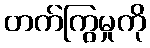
တက်ကြွမှုကို